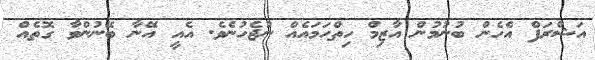
އަޝްރަފް އެހެން ބުނުމުން އާޒިމް ހިތްހަމައެއް ނުޖެހުނެވެ. އެއީ އޭނާ ބޭނުންވާ ގޮތެއް